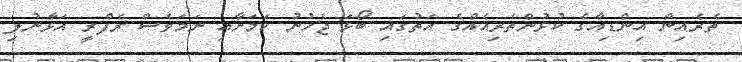
ތެރެއިން އިންޑިއާގެ ކުޅުންތެރިއެއްގެ އަތުގައި ބޯޅަ ޖެހުނު ކަމަށާއި ނަމަވެސް ރެފްރީ އަޅާނުލި